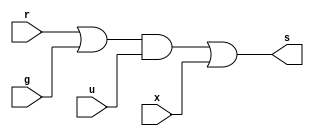
`timescale 1ns/1ns
module ep2(s,u,r,g,x);

    input u,r,g,x;
    wire wRG,wURG;
    output s;

    or(wRG,r,g);
    and(wURG,wRG,u);
    or(s,wURG,x);


endmodule